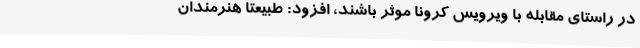
در راستای مقابله با ویرویس کرونا موثر باشند، افزود: طبیعتا هنرمندان